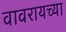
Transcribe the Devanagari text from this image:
वावरायच्या